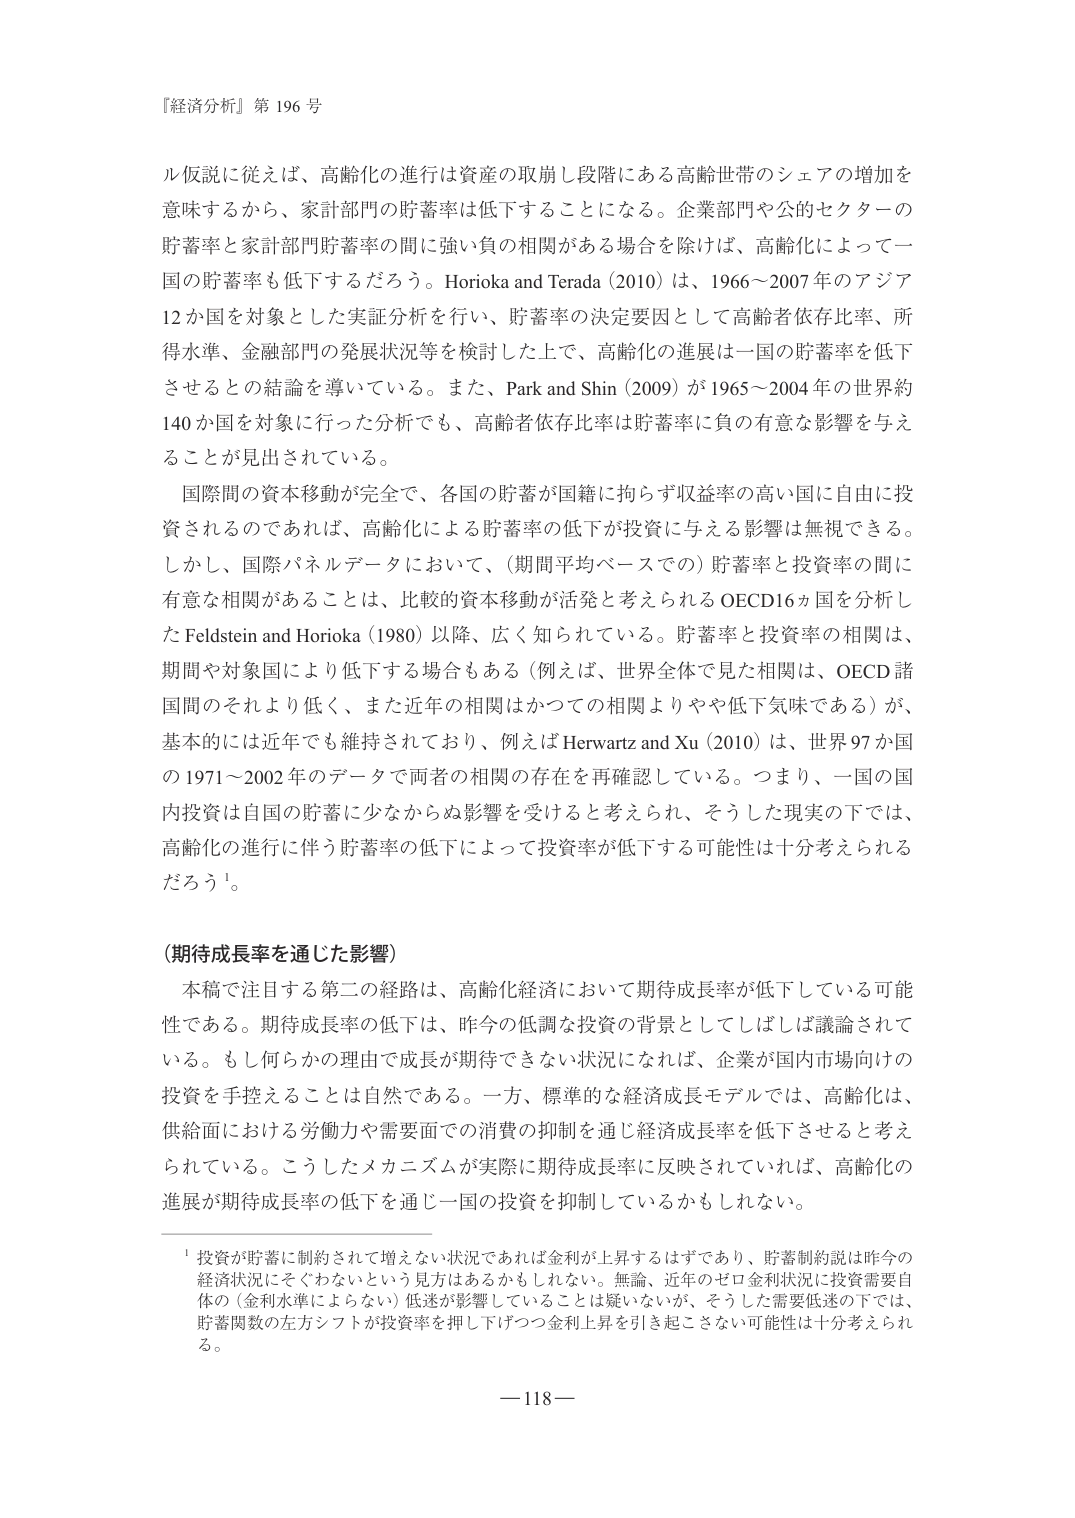
『経済分析』第 196 号

ル仮説に従えば、高齢化の進行は資産の取崩し段階にある高齢世帯のシェアの増加を意味するから、家計部門の貯蓄率は低下することになる。企業部門や公的セクターの貯蓄率と家計部門貯蓄率の間に強い負の相関がある場合を除けば、高齢化によって一国の貯蓄率も低下するだろう。Horioka and Terada (2010) は、1966～2007 年のアジア 12 か国を対象とした実証分析を行い、貯蓄率の決定要因として高齢者依存比率、所得水準、金融部門の発展状況等を検討した上で、高齢化の進展は一国の貯蓄率を低下させるとの結論を導いている。また、Park and Shin (2009) が 1965～2004 年の世界約 140 か国を対象に行った分析でも、高齢者依存比率は貯蓄率に負の有意な影響を与えることが見出されている。

国際間の資本移動が完全で、各国の貯蓄が国籍に拘らず収益率の高い国に自由に投資されるのであれば、高齢化による貯蓄率の低下が投資に与える影響は無視できる。しかし、国際パネルデータにおいて、（期間平均ベースでの）貯蓄率と投資率の間に有意な相関があることは、比較的資本移動が活発と考えられる OECD16 か国を分析した Feldstein and Horioka (1980) 以降、広く知られている。貯蓄率と投資率の相関は、期間や対象国により低下する場合もある（例えば、世界全体で見た相関は、OECD 諸国間のそれより低く、また近年の相関はかつての相関よりやや低下気味である）が、基本的には近年でも維持されており、例えば Herwartz and Xu (2010) は、世界 97 か国の 1971～2002 年のデータで両者の相関の存在を再確認している。つまり、一国の国内投資は自国の貯蓄に少なからぬ影響を受けると考えられ、そうした現実の下では、高齢化の進行に伴う貯蓄率の低下によって投資率が低下する可能性は十分考えられるだろう¹。

（期待成長率を通じた影響）

本稿で注目する第二の経路は、高齢化経済において期待成長率が低下している可能性である。期待成長率の低下は、昨今の低調な投資の背景としてしばしば議論されている。もし何らかの理由で成長が期待できない状況になれば、企業が国内市場向けの投資を手控えることは自然である。一方、標準的な経済成長モデルでは、高齢化は、供給面における労働力や需要面での消費の抑制を通じ経済成長率を低下させると考えられている。こうしたメカニズムが実際に期待成長率に反映されていれば、高齢化の進展が期待成長率の低下を通じ一国の投資を抑制しているかもしれない。

¹ 投資が貯蓄に制約されて増えない状況であれば金利が上昇するはずであり、貯蓄制約説は昨今の経済状況にそぐわないという見方はあるかもしれない。無論、近年のゼロ金利状況に投資需要自体の（金利水準によらない）低迷が影響していることは疑いないが、そうした需要低迷の下では、貯蓄関数の左方シフトが投資率を押し下げつつ金利上昇を引き起こさない可能性は十分考えられる。

— 118 —